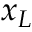
x _ { L }